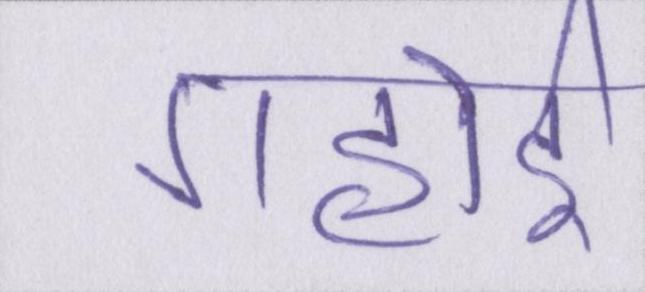
गहोई